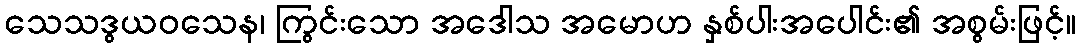
သေသဒွယဝသေန၊ ကြွင်းသော အဒေါသ အမောဟ နှစ်ပါးအပေါင်း၏ အစွမ်းဖြင့်။